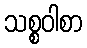
သစ္စဝါစာ